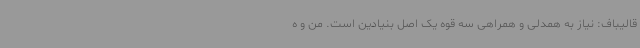
قالیباف: نیاز به همدلی و همراهی سه قوه یک اصل بنیادین است. من و ه